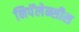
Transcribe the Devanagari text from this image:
निपॅलेन्सीस